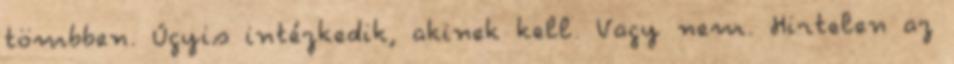
tömbben. Úgyis intézkedik, akinek kell. Vagy nem. Hirtelen az